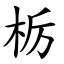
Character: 栃